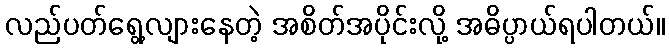
လည်ပတ်ရွေ့လျားနေတဲ့ အစိတ်အပိုင်းလို့ အဓိပ္ပာယ်ရပါတယ်။